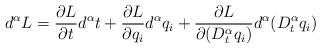
LaTeX: \begin{align*}d^{\alpha}L=\frac{\partial L}{\partial t}d^{\alpha}t+\frac{\partial L}{\partial q_{i}}d^{\alpha}q_{i}+\frac{\partial L}{\partial(D_{t}^{\alpha}q_{i})}d^{\alpha}(D_{t}^{\alpha}q_{i})\end{align*}